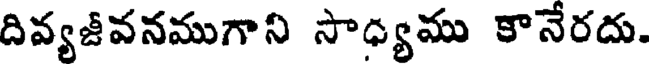
దివ్యజీవనముగాని సాధ్యము కానేరదు.